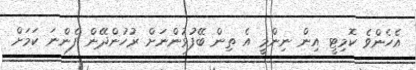
އެހެންވެ ކޮމިޓީ އިން ނިންމީ އެ ތިން ބޭފުޅުންނަށް ރުުހުންދޭން ފެންނަ ކަމަށް